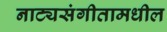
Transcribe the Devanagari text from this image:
नाट्यसंगीतामधील